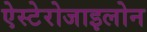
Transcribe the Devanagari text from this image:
ऐस्टेरोजाइलोन